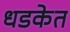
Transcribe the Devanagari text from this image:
धडकेत